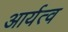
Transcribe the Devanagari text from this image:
आर्यत्व